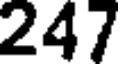
247